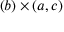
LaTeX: ( b ) \times ( a , c )